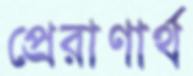
প্রেরাণার্থ